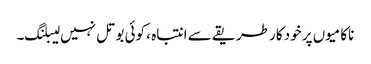
ناکامیوں پر خود کار طریقے سے انتباہ ، کوئی بوتل نہیں لیبلنگ۔